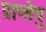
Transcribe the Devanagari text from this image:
प्राप्तेषु